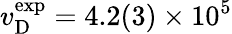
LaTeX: v_{\mathrm{D}}^{\mathrm{exp}}=4.2(3)\times 10^{5}